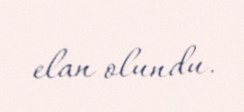
elan olundu.